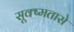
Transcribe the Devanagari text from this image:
सूक्ष्मतासे